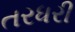
તરધરી